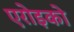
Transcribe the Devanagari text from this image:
एरोइको